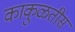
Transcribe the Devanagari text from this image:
काकुळतीस